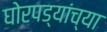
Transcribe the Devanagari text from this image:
घोरपड्यांच्या